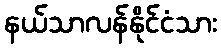
နယ်သာလန်နိုင်ငံသား